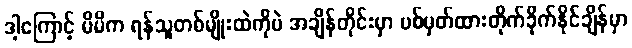
ဒါ့ကြောင့် မိမိက ရန်သူတစ်မျိုးထဲကိုပဲ အချိန်တိုင်းမှာ ပစ်မှတ်ထားတိုက်ခိုက်နိုင်ချိန်မှာ